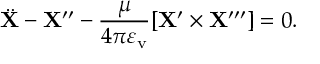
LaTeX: \ddot { { \bf X } } - { \bf X } ^ { \prime \prime } - { \frac { \mu } { 4 \pi \varepsilon _ { \mathrm { v } } } } [ { \bf X } ^ { \prime } \times { \bf X } ^ { \prime \prime \prime } ] = 0 .